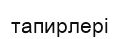
тапирлері